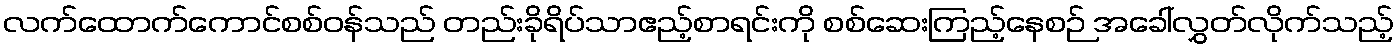
လက်ထောက်ကောင်စစ်ဝန်သည် တည်းခိုရိပ်သာဧည့်စာရင်းကို စစ်ဆေးကြည့်နေစဉ် အခေါ်လွှတ်လိုက်သည့်